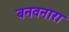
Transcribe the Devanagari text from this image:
बनवनारा